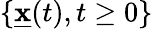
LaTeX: \{ \underline{{\mathbf{x}}}(t),t\ge 0\}